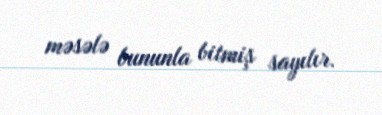
məsələ bununla bitmiş sayılır.